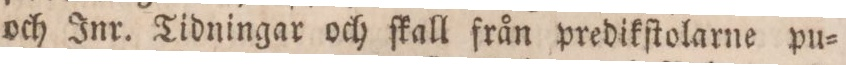
och Inr. Tidningar och ſkall från predikſtolarne pu=